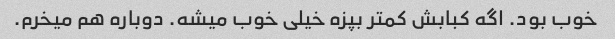
خوب بود. اگه کبابش کمتر بپزه خیلی خوب میشه. دوباره هم میخرم.